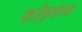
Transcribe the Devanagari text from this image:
फतेहमंगळ